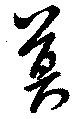
莫